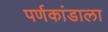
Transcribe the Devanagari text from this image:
पर्णकांडाला